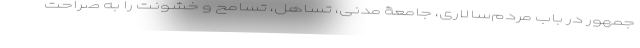
جمهور در باب مردم‌سالاری، جامعۀ مدنی، تساهل، تسامح و خشونت را به صراحت